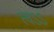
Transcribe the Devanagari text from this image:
त्वऽऽ